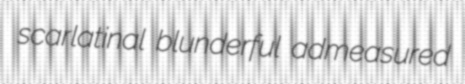
scarlatinal blunderful admeasured